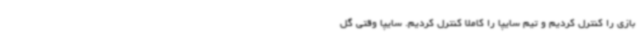
بازی را کنترل کردیم و تیم سایپا را کاملا کنترل کردیم. سایپا وقتی گل